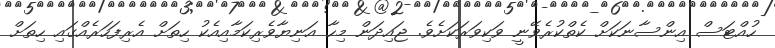
ހުއްޓަސް އިންސާނަކަށް ކެތްކުރެވޭނީ ވަކިވަރަކަށެވެ. ޖައިދަން މިހާ އަނިޔާވެރިކަމާއިއެކު ހިތަށް އެރިފަހަރެއްގައި ހިތަށް